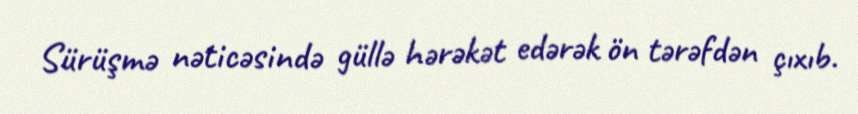
Sürüşmə nəticəsində güllə hərəkət edərək ön tərəfdən çıxıb.